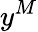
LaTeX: y^{M}